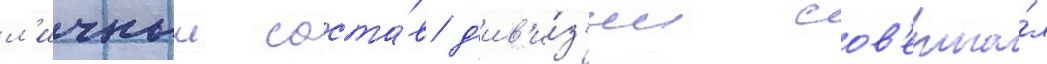
л'ичныи соста́в д'ив'и́з'ии сов'ерша́л